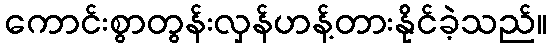
ကောင်းစွာတွန်းလှန်ဟန့်တားနိုင်ခဲ့သည်။